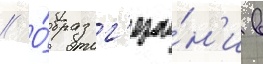
// О́браз г'ерои́н'и в